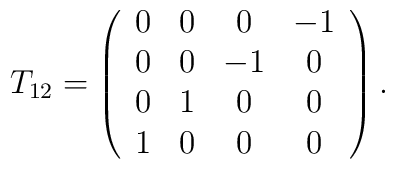
T_{12}=\left(\begin{array}{cccc}0&0&0& -1 \\0&0&-1&0 \\0&1&0 &0 \\1 &0&0&0\end{array}\right).